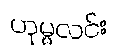
ဟုမ္မလင်း